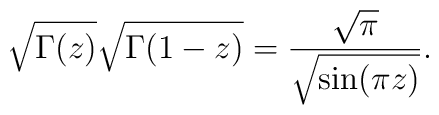
\sqrt{\Gamma(z)} \sqrt{\Gamma(1-z)} ={\sqrt \pi \over \sqrt {\sin (\pi z)}}.